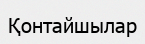
Қонтайшылар